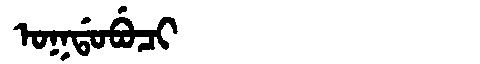
Manchu: ᠣᡴᡩᠣᠪᡠᠴᡳ
Romanization: OKDOBUCI